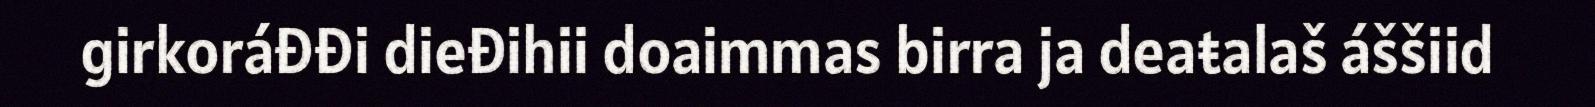
girkoráđđi dieđihii doaimmas birra ja deaŧalaš áššiid